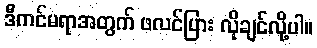
ဒီကင်မရာအတွက် ဖလင်ပြား လိုချင်လို့ပါ။